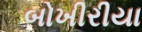
બોખીરીયા